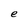
Character: e